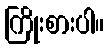
ကြိုးစားပါ။